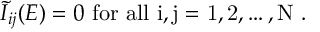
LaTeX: \tilde { \cal I } _ { i j } ( E ) = 0 \mathrm { ~ f o r ~ a l l ~ i , j = 1 , 2 , \ldots , N ~ } .